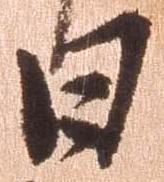
日